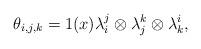
LaTeX: \begin{align*} \theta_{i,j,k} = 1(x) \lambda_i^j \otimes \lambda_j^k \otimes \lambda_k^i, \end{align*}